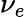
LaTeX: \nu_{e}